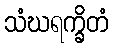
သံဃရက္ခိတံ